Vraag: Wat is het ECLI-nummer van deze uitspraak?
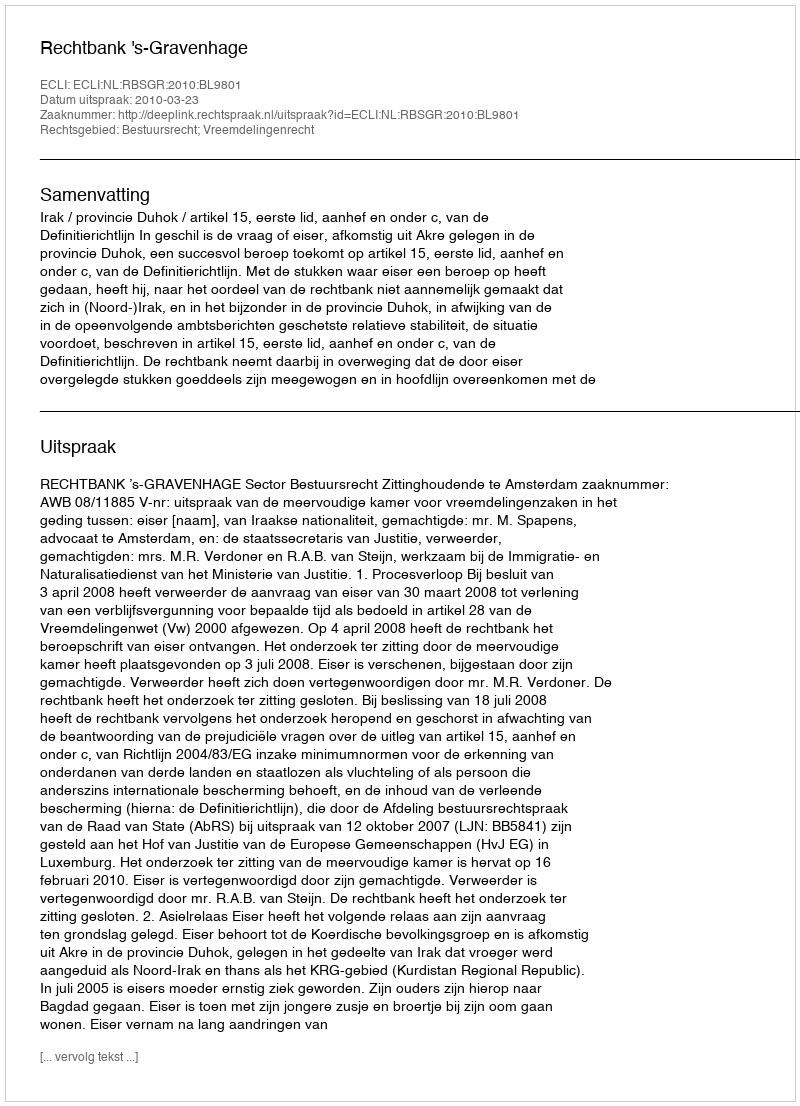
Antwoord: ECLI:NL:RBSGR:2010:BL9801